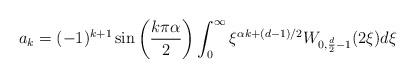
LaTeX: \begin{align*}a_{k}=(-1)^{k+1}\sin\left(\frac{k \pi \alpha}{2}\right)\int_{0}^{\infty}\xi^{\alpha k + (d-1)/2}W_{0, \frac{d}{2} - 1}(2\xi)d\xi\end{align*}